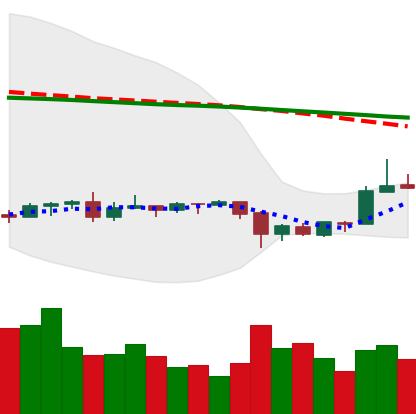
Ticker: ETC-USD
Chart end date: 2020-09-28
Forward return: -5.366%
Label: down_5_7